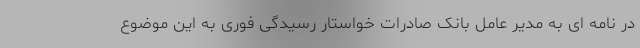
در نامه ای به مدیر عامل بانک صادرات خواستار رسیدگی فوری به این موضوع